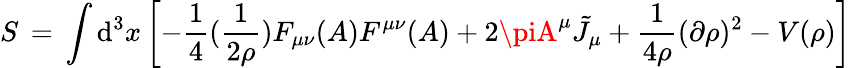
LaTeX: S\, =\, \int\mathrm{d}^{3}x\left[-\frac{{1}}{{4}}(\frac{{1}}{{2\rho}})F_{\mu\nu}(A)F^{\mu\nu}(A)+2\piA^{\mu}{\tilde{{J}}}_{\mu}+\frac{{1}}{{4\rho}}(\partial\rho)^{2}-V(\rho)\right]